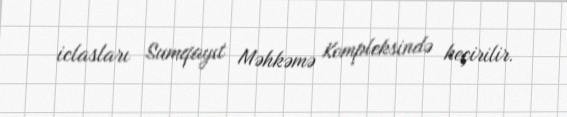
iclasları Sumqayıt Məhkəmə Kompleksində keçirilir.